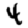
Digit: 4